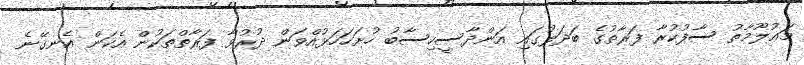
މަޢުލޫމާތު ސާފުކުރާ ފަރާތުގެ ބަދަލުގައި އަންދާސީހިސާބު ހުށަހަހަޅުއްވަން ދުރުވާ ފަރާތްތަކުން އެކަން އެނގޭނެ